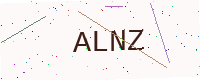
Text: ALNZ